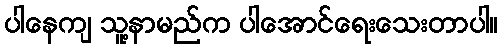
ပါနေကျ သူ့နာမည်က ပါအောင်ရေးသေးတာပါ။